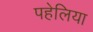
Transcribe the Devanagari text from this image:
पहेलिया